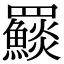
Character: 𩼄